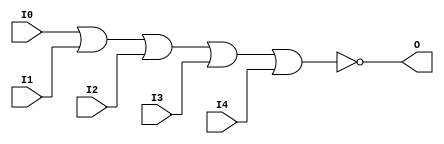
module NOR5 (O, I0, I1, I2, I3, I4);

    output O;

    input  I0, I1, I2, I3, I4;

    nor O1 (O, I0, I1, I2, I3, I4);


endmodule